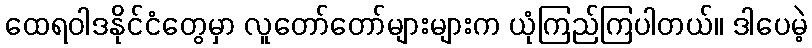
ထေရဝါဒနိုင်ငံတွေမှာ လူတော်တော်များများက ယုံကြည်ကြပါတယ်။ ဒါပေမဲ့